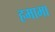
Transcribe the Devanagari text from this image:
हमामा